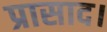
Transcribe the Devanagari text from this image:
प्रासाद।